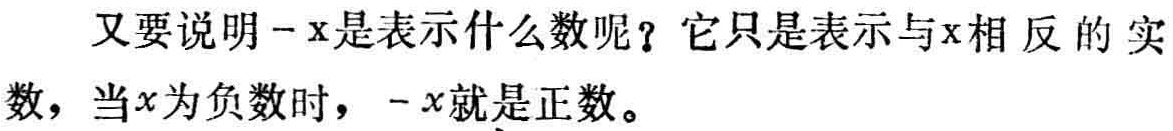
又要说明$-x$是表示什么数呢？它只是表示与$x$相反的实数，当$x$为负数时，$-x$就是正数。